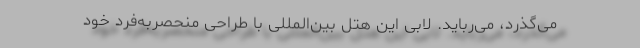
می‌گذرد، می‌رباید. لابی این هتل بین‌المللی با طراحی منحصربه‌فرد خود